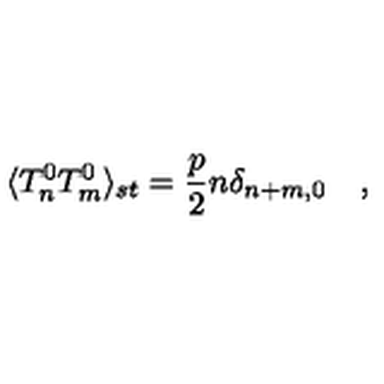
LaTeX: \langle T _ { n } ^ { 0 } T _ { m } ^ { 0 } \rangle _ { s t } = \frac { p } { 2 } n \delta _ { n + m , 0 } \quad ,